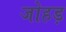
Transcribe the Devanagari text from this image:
जोहड़